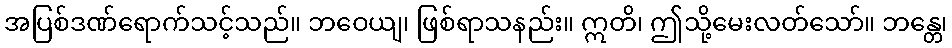
အပြစ်ဒဏ်ရောက်သင့်သည်။ ဘဝေယျ၊ ဖြစ်ရာသနည်း။ ဣတိ၊ ဤသို့မေးလတ်သော်။ ဘန္တေ၊